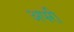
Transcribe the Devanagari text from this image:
अपरी